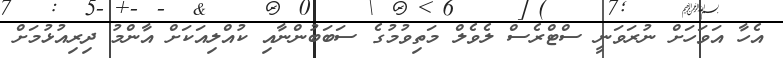
އެހާ އަވަހަށް ނުރަވަނީ ސްޓްރެސް ލެވެލް މަތިވުމުގެ ސަބަބުންނާއި ކުއްލިއަކަށް އާންމު ދިރިއުޅުމަށް